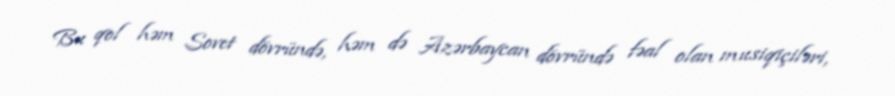
Bu qol həm Sovet dövründə, həm də Azərbaycan dövründə fəal olan musiqiçiləri,